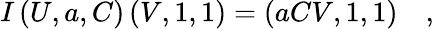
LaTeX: I\left(U,a,C\right)\left(V,1,1\right)=\left(aCV,1,1\right)\quad,